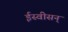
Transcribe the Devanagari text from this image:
ईस्वीसन्